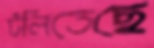
টলিতেছে